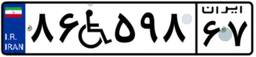
۲۶W۶۱۵۵۵